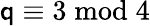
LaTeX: \mathsf{q}\equiv3{\bmod{4}}